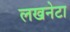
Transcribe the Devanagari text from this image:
लखनेटा